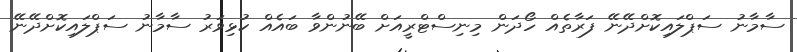
ސާމާނު ސަޕްލައިކޮށްދޭނޭ ފަރާތެއް ހޯދަން މިނިސްޓްރީއަށް ބޭނުންވާ ބައެއް ކުޅިވަރު ސާމާނު ސަޕްލައިކޮށްދޭނޭ